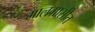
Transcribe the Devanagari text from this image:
मालगासीत